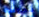
محترفة